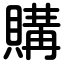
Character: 購